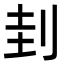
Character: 刲